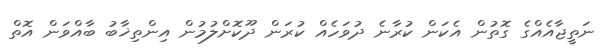
ނަތީޖާއެއްގެ ގޮތުން އެކަން ކުރާނެ ދުވަހެއް ކުރަން ދޫކޮށްލުމުން އިންތިޚާބު ބާއްވަން އޮތް